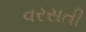
વરસતી